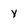
Character: y